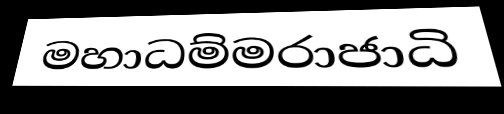
මහාධම්මරාජාධි